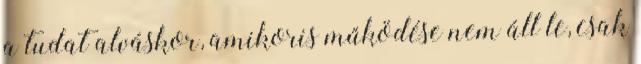
a tudat alváskor, amikoris működése nem áll le, csak